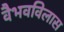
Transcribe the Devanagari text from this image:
वैभवविलास